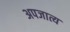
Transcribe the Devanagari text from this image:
अपजात्य